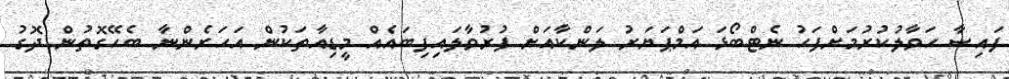
ފައިސާ ހަވާލުކުރުމަށްފަހު ނެޓްބޯޅަ އަމްޕަޔަރު ލަންކާއަށް ފުރުވާލައިފިބައެއް މީޑިއާތަކުން އަހަރެންނާ ބެހޭގޮތުން ދޮގު